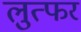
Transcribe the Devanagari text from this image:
लुत्फर